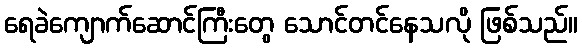
ရေခဲကျောက်ဆောင်ကြီးတွေ သောင်တင်နေသလို ဖြစ်သည်။